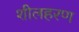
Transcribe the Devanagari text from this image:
शीलहरण